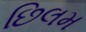
છિલમ